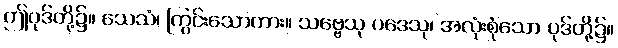
ဤပုဒ်တို့၌။ သေသံ၊ ကြွင်းသောကား။ သဗ္ဗေသု ပဒေသု၊ အလုံးစုံသော ပုဒ်တို့၌။